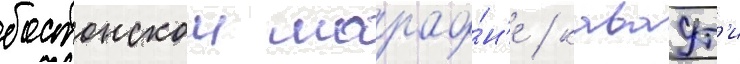
бостонском марафо́н'е / каваут'и